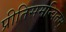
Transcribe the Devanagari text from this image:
प्रीतिसमन्वितम्